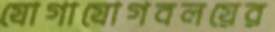
যোগাযোগবলয়ের